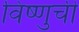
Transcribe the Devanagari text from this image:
विष्णुची